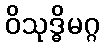
ဝိသုဒ္ဓိမဂ္ဂ